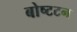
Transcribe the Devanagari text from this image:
बोष्टटन